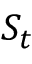
S _ { t }